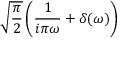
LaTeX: { \sqrt { \frac { \pi } { 2 } } } \left( { \frac { 1 } { i \pi \omega } } + \delta ( \omega ) \right)